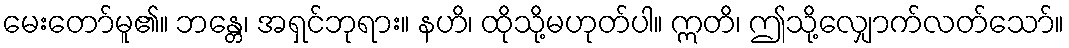
မေးတော်မူ၏။ ဘန္တေ၊ အရှင်ဘုရား။ နဟိ၊ ထိုသို့မဟုတ်ပါ။ ဣတိ၊ ဤသို့လျှောက်လတ်သော်။